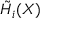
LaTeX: { \tilde { H } } _ { i } ( X )